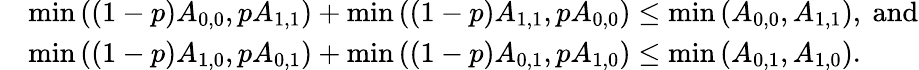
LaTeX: \begin{array}{rl}&{\operatorname*{min}{((1-p)A_{0,0},pA_{1,1})}+\operatorname*{min}{((1-p)A_{1,1},pA_{0,0})}\leq\operatorname*{min}{(A_{0,0},A_{1,1})},\mathrm{~and}}\\ &{\operatorname*{min}{((1-p)A_{1,0},pA_{0,1})}+\operatorname*{min}{((1-p)A_{0,1},pA_{1,0})}\leq\operatorname*{min}{(A_{0,1},A_{1,0})}.}\end{array}